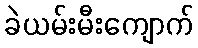
ခဲယမ်းမီးကျောက်